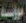
مؤسسة